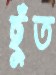
ছুঁত